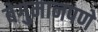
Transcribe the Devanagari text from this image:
बेगुमानपणे